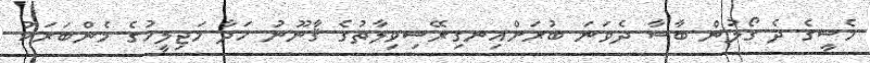
މެސީގެ ދެ ގޯލުން ބާސާ ދެވަނަ ބުރަށްއިނގިރޭސިވިލާތުގެ ޤާނޫނު ހަދާ މަޖިލީހުގެ މެންބަރަކު